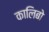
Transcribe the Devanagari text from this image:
कालिबो